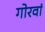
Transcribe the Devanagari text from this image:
गोरवां